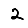
Digit: 2